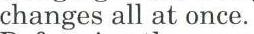
changes all at once.